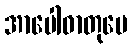
အာပေါဓာတုပေ